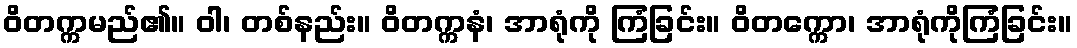
ဝိတက္ကမည်၏။ ဝါ၊ တစ်နည်း။ ဝိတက္ကနံ၊ အာရုံကို ကြံခြင်း။ ဝိတက္ကော၊ အာရုံကိုကြံခြင်း။